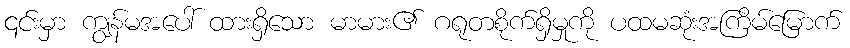
၎င်းမှာ ကျွန်မအပေါ် ထားရှိသော မာမား၏ ဂရုတစိုက်ရှိမှုကို ပထမဆုံးအကြိမ်မြောက်